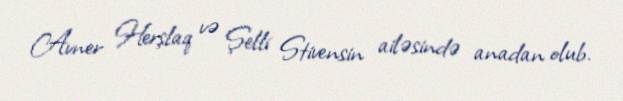
Avner Herşlaq və Şelli Stivensin ailəsində anadan olub.